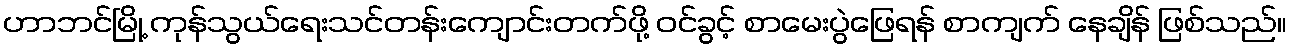
ဟာဘင်မြို့ ကုန်သွယ်ရေးသင်တန်းကျောင်းတက်ဖို့ ဝင်ခွင့် စာမေးပွဲဖြေရန် စာကျက် နေချိန် ဖြစ်သည်။